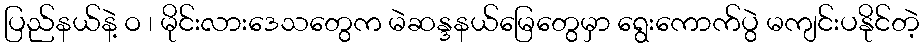
ပြည်နယ်နဲ့ ဝ ၊ မိုင်းလားဒေသတွေက မဲဆန္ဒနယ်မြေတွေမှာ ရွေးကောက်ပွဲ မကျင်းပနိုင်တဲ့